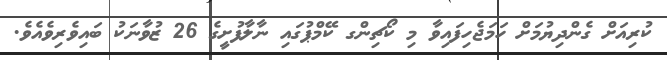
ކުރިއަށް ގެންދިޔުމަށް ހަމަޖެހިފައިވާ މި ކޯޗިންގ ކޭމްޕުގައި ނާލާފުށީގެ 26 ޒުވާނަކު ބައިވެރިވެއެވެ.